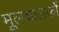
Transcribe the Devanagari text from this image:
मूलचालकों